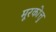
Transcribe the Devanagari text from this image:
मूरकोत्तु